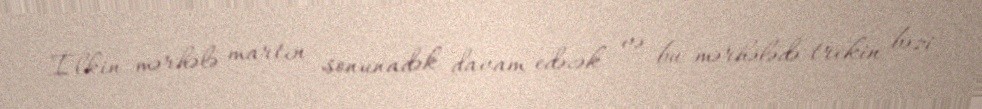
İlkin mərhələ martın sonunadək davam edəcək və bu mərhələdə trekin bəzi